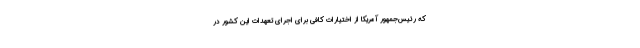
که رئیس‌جمهور آمریکا از اختیارات کافی برای اجرای تعهدات این کشور در